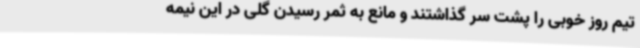
تیم روز خوبی را پشت سر گذاشتند و مانع به ثمر رسیدن گلی در این نیمه